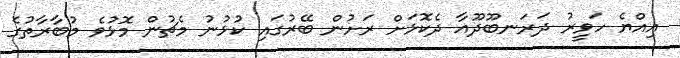
އިއްޔެ ހަވީރު ދަރަނބޫދޫއާ ދެކޮޅަށް ރަށުން ބޭރުގައި ކުޅުނު މެޗުން މޮޅުވެ މުބާރާތުގެ